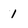
Character: 1